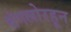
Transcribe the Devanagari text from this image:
बंगलोरहून